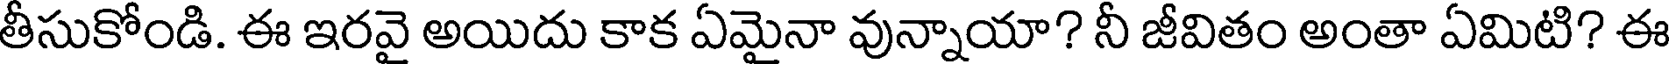
తీసుకోండి. ఈ ఇరవై అయిదు కాక ఏమైనా వున్నాయా? నీ జీవితం అంతా ఏమిటి? ఈ